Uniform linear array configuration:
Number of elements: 4
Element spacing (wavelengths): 0.25
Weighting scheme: binomial
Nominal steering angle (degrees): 60
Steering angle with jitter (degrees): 58.432
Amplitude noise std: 0.05
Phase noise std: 0.05

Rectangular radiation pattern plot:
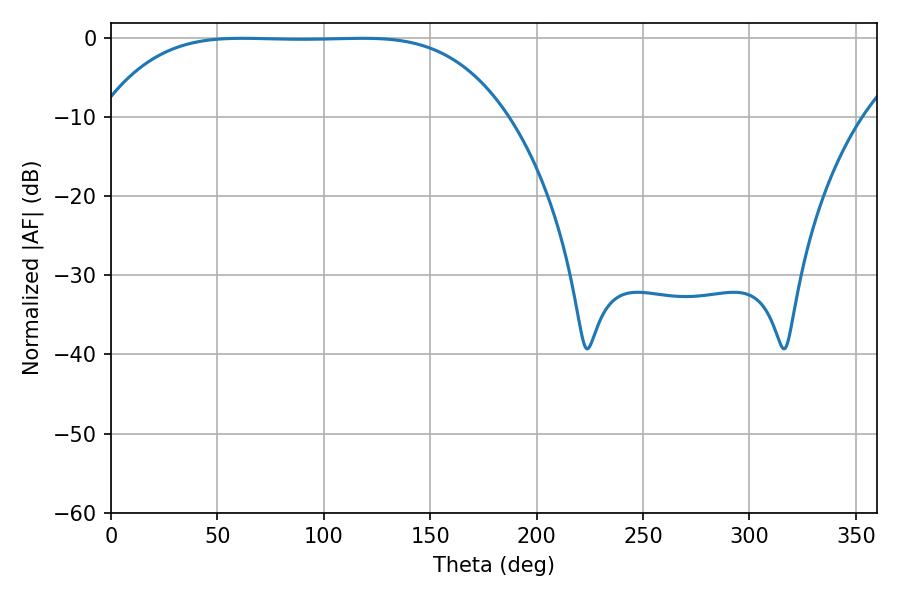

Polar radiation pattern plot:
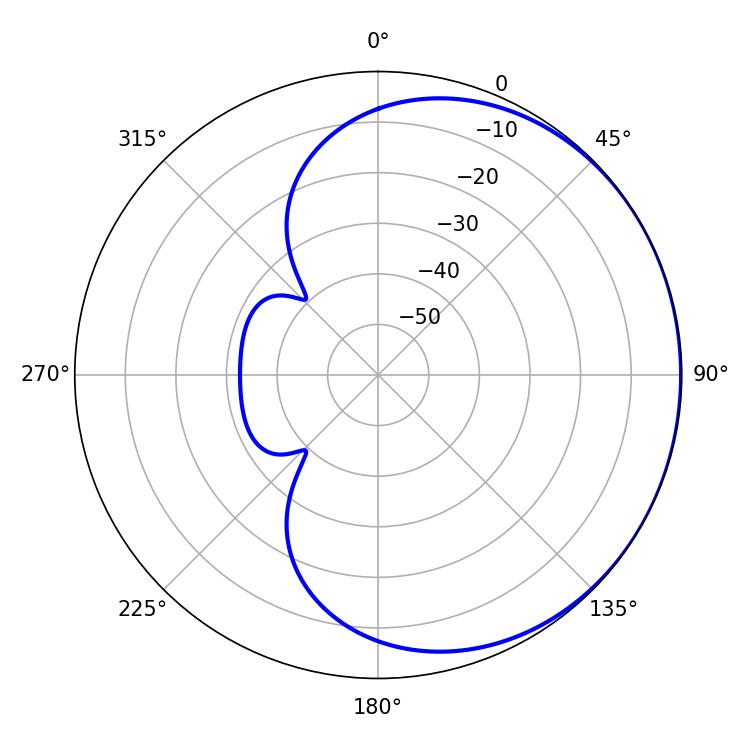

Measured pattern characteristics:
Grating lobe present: FALSE
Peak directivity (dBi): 0.4445
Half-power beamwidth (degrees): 145.08
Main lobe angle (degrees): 61.74